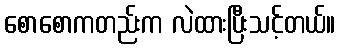
စောစောကတည်းက လဲထားပြီးသင့်တယ်။